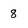
Character: 8